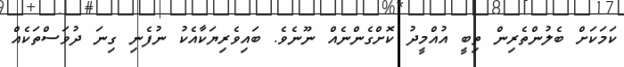
ކަމަކަށް ބެލުންތެރިން ތިބީ އުއްމީދު ކޮށްގެންނެއް ނޫނެވެ. ބައިވެރިޔަކާއެކު ނުފެނި ގިނަ ދުވަސްތަކެއް